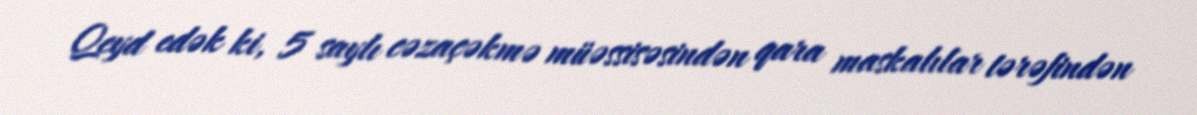
Qeyd edək ki, 5 saylı cəzaçəkmə müəssisəsindən qara maskalılar tərəfindən